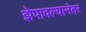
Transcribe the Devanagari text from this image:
झेपावल्यानंतर